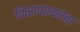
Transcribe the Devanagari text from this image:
फिरण्याकरता